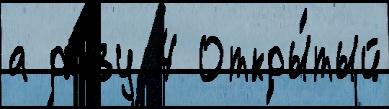
а ра́зу 4 Откры́тый